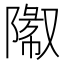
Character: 𬯓